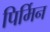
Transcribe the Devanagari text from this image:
पिर्मिन